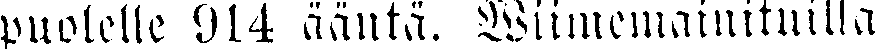
puolelle 914 ääntä. Wiimemainituilla